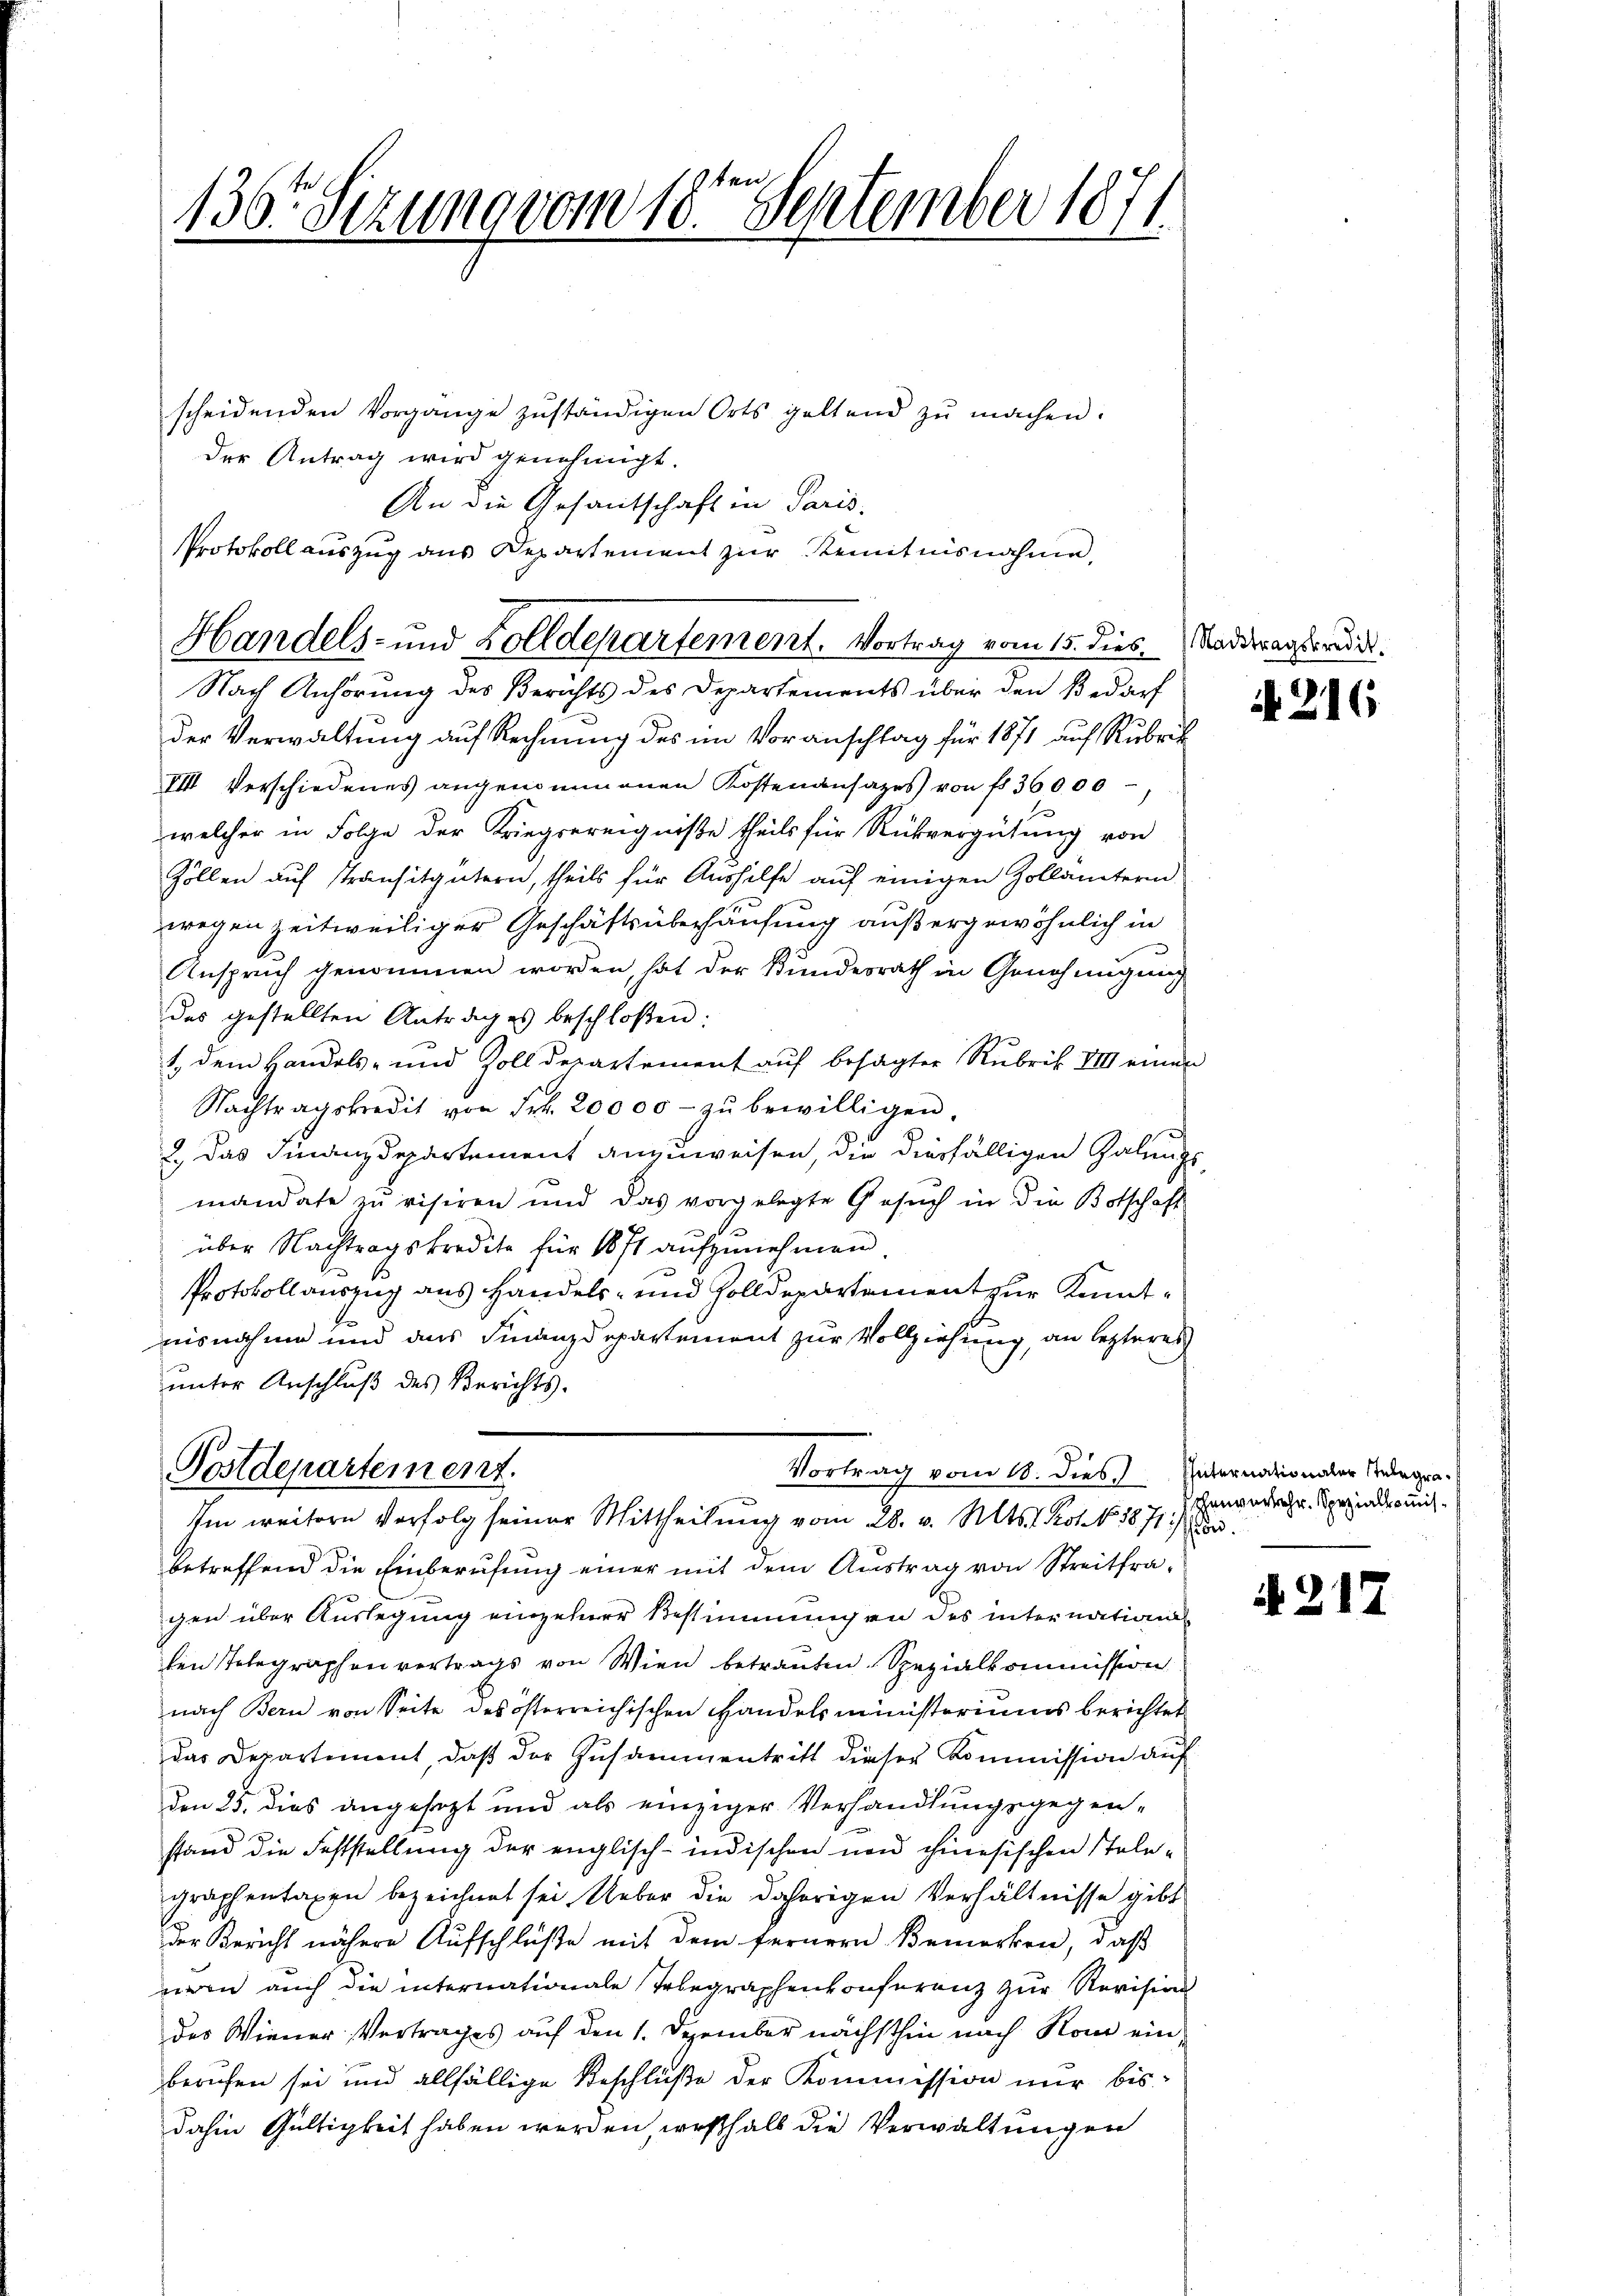
1
130. Sizung vom 18ten September 181.
.

scheidenden Vorgange zuständigen Orts geltend zŭ machen.
der Antrag wird genehmigt.
An die Gesantschaft in Paris.
Protokoll auszug aus Departement zur Kenntnisnahme,
Nach Anhörung des Berichts des Departements über den Bedarf
der Verwaltung auf Rechnung des im Voranschlag für 1871 auf Rubrik
VII Verschiedenes angenommenen Kostenansazes von fr. 36000
welcher in Folge der Kriegsereigniße theils für Rückvergütung von
Zöllen auf Transitgütern, theils für Aushilfe auf einigen Zollantern
wegen zeitweiliger Geschäftsüberhausung außergewöhnlich in
Anspruch genommen worden, hat der Bundesrath in Genehmigung
des gestellten Antrages beschloßen:
1. dem Handels- und Zolldepartement auf besagter Rubris. VIII einen
Nachtragskredit von Frk. 20000- zŭ bewilligen.
2, das Finanzdepartement anzuweisen, die diesfälligen Galungsmandate zu visiren und das vorgelegte Gesuch in die Botschaft
über Nachtragskredite für 1871 aufzunehmen
Protokollauszug aus Handels- und Zolldepartement zur Kenntmisnahme und aus Finanzdepartement zur Vollziehung, an lezteres
unter Anschluß des Berichts-
Postdepartement.
Vortrag vom 18. dies Unternationaler Relegra
Im weitere Verfolg seiner Mittheilung vom 28. v. Mts. t. Prot. No 1871
betreffend die Einberufung einer mit dem Austrag von Streitfragen über Auslegung einzelner Bestimmungen des international
ten Telegraphenvertrags von Wien betrauten. Spezialkommission
nach Bern von Seite des österreichischen Handelsministeriums berichtet
das Departiment, daß der Zusammentritt dieser Kommission auf
den 25. dies angesagt und als einziger Verhandlungsgegen-
stand die Feststellung der englisch-indischen und chinesischen Stelegraphentaxen bezeichnet sei. Ueber die daherigen Verhältnisse gibt
der Bericht nähere Aufschlüße mit dem fernern Bemerken, daß
uren auch die internationale Telegraphenkonferenz zur Revision
des Wiener Vertrages auf den 1. Dezember nächsthin nach Rom einberufen sei und allfällige Beschlüße der Kommission nur bisdahin Gültigkeit haben werden, weßhalb die Verwaltungen

Handels- und Zolldepartement. Vortrag vom 15. dies. Stadtragsrud.

N. 216

henverkehr. Spezialkomis¬

2

1.